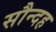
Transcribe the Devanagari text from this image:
सौन्दह